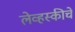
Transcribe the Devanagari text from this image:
लेव्हस्कीचे